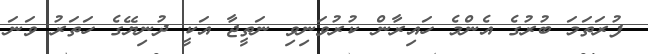
ފުރަތަމަ ބުރުގެ އެންމެ ހައިރާން ކުރުވަނިވި ނަތީޖާ އަކީ ދުނިޔޭގެ ހަތަރު ވަނަ